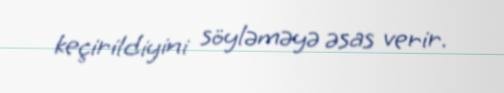
keçirildiyini söyləməyə əsas verir.